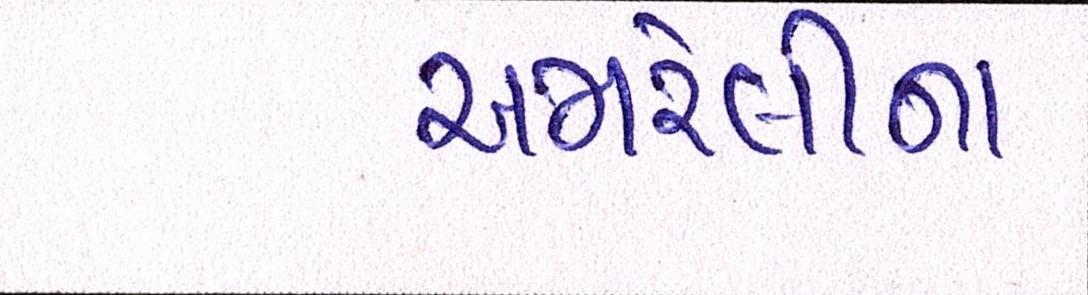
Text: અમરેલીના